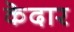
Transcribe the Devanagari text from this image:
कॆदार